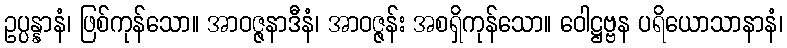
ဥပ္ပန္နာနံ၊ ဖြစ်ကုန်သော။ အာဝဇ္ဇနာဒီနံ၊ အာဝဇ္ဇန်း အစရှိကုန်သော။ ဝေါဋ္ဌဗ္ဗန ပရိယောသာနာနံ၊